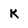
Character: K